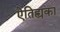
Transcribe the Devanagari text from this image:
ऐतिह्यका